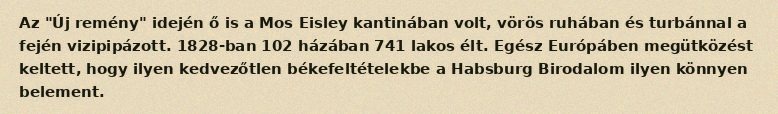
Az "Új remény" idején ő is a Mos Eisley kantinában volt, vörös ruhában és turbánnal a fején vizipipázott. 1828-ban 102 házában 741 lakos élt. Egész Európáben megütközést keltett, hogy ilyen kedvezőtlen békefeltételekbe a Habsburg Birodalom ilyen könnyen belement.